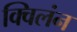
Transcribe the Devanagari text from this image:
क्विलंन